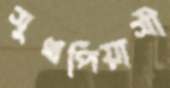
সুখপিয়াসী